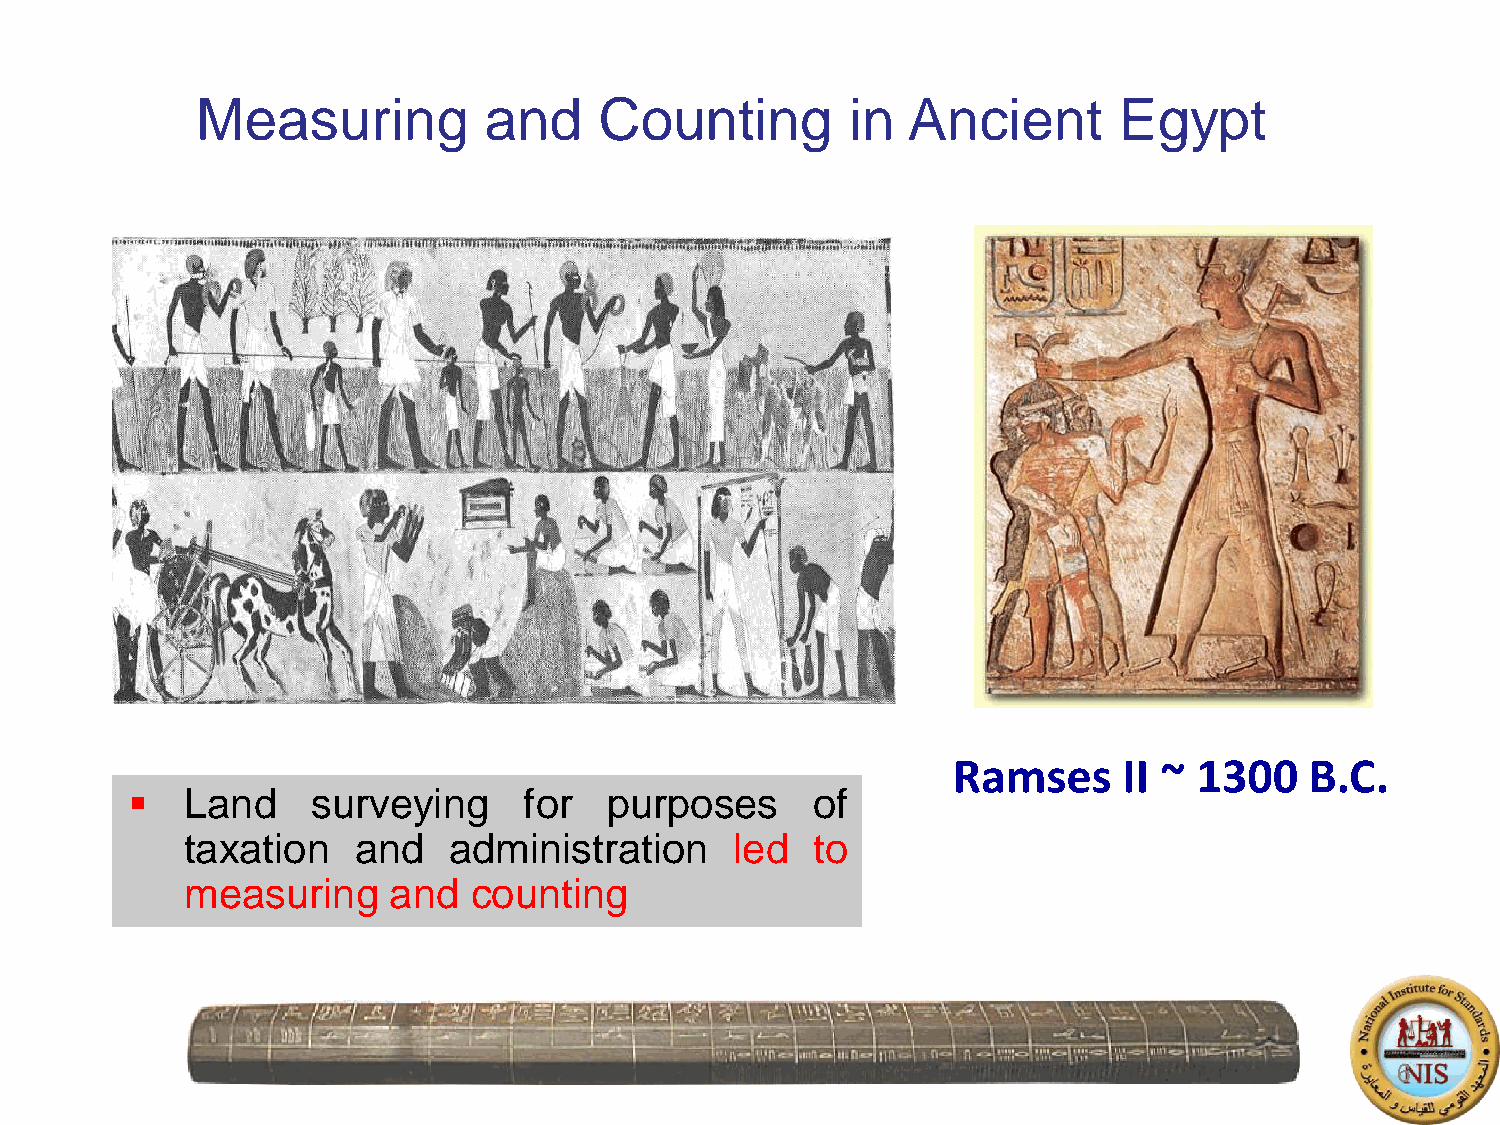
Measuring          and     Counting        in  Ancient       Egypt
 Ramses     II ~ 1300    B.C.
    Land     surveying     for  purposes      of
 taxation   and    administration     led  to
 measuring     and  counting
 6